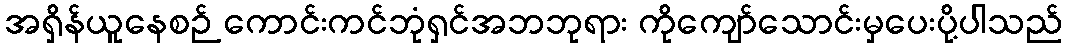
အရှိန်ယူနေစဉ် ကောင်းကင်ဘုံရှင်အဘဘုရား ကိုကျော်သောင်းမှပေးပို့ပါသည်